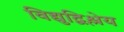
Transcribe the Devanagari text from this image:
विद्युद्विश्लेय